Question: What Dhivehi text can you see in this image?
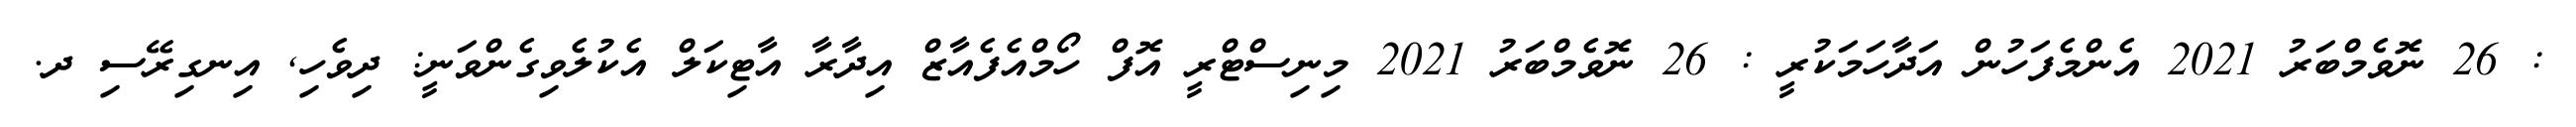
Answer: : 26 ނޮވެމްބަރު 2021 އެންމެފަހުން އަދާހަމަކުރީ : 26 ނޮވެމްބަރު 2021 މިނިސްޓްރީ އޮފް ހޯމްއެފެއާޒް އިދާރާ އާޓިކަލް އެކުލެވިގެންވަނީ: ދިވެހި, އިނގިރޭސި ދ.